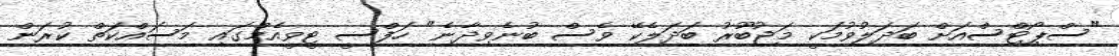
"ސްޕޯޓްސްއަށް ބަދަލުވުމަކީ މަޖުބޫރު ބަދަލެކޭ ވެސް ބުނެވިދާނެ" ހަފްސީ ޓީވީއެމްގައި މަސައްކަތް ކުރަން